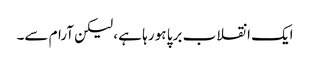
ایک انقلاب برپا ہو رہا ہے ، لیکن آرام سے۔